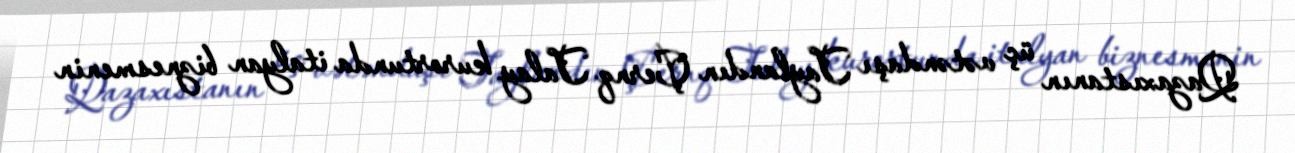
Qazaxıstanın üç vətəndaşı Taylandın Çernq Talay kurortunda italyan biznesmenin